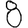
Digit: 8